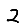
Digit: 2